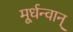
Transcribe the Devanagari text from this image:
मूर्धन्वान्